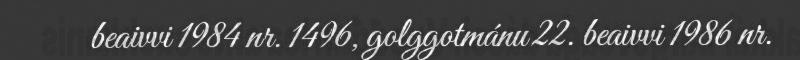
beaivvi 1984 nr. 1496, golggotmánu 22. beaivvi 1986 nr.